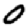
Digit: 0